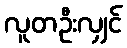
လူတဦးလျှင်